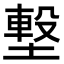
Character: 𡐊